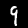
Label: 9